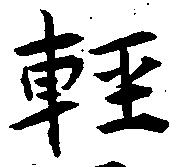
軽